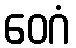
ဝေဂံ